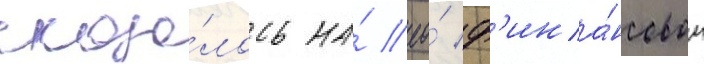
сказа́лось на́ ео́ ф'ина́нсовом